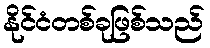
နိုင်ငံတစ်ခုဖြစ်သည်